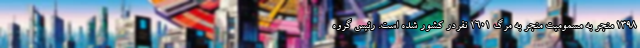
1398 منجر به مسمومیت منجر به مرگ 1601 نفردر کشور شده است. رئیس گروه